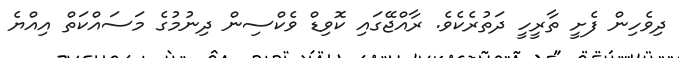
ދިވެހިން ފެށީ ތާރީހީ ދަތުރެކެވެ. ރާއްޖޭގައި ކޮވިޑް ވެކްސިން ދިނުމުގެ މަސައްކަތް އިއްޔެ